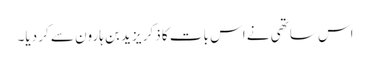
اس ساتھی نے اس بات کا ذکر یزید بن ہارون سے کر دیا۔